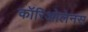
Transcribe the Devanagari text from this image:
कॉरिओलेनस